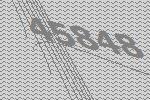
45848